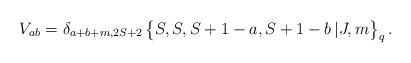
LaTeX: \begin{align*} V_{ab} = \delta_{a+b+m,2S+2} \, \bigl\{ S , S , S+1 -a , S+1-b \,| J,m \bigr\}_q \,.\end{align*}